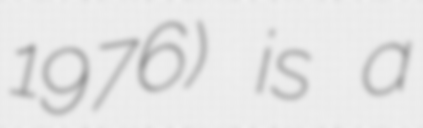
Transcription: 1976) is a